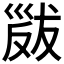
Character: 𢀁